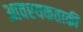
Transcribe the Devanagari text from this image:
आवश्‍यकताकी